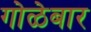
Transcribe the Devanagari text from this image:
गोळेबार